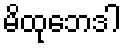
မိထုဘေဒါ